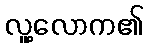
လူ့လောက၏